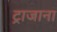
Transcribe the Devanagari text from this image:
ट्राजाना